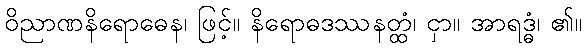
ဝိညာဏနိရောဓေန၊ ဖြင့်။ နိရောဓဒဿနတ္ထံ၊ ငှာ။ အာရဒ္ဓံ၊ ၏။